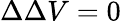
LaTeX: \Delta\Delta V=0